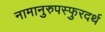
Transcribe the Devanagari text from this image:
नामानुरुपस्फुरदर्थ